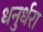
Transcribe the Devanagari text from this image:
धनुर्धरा